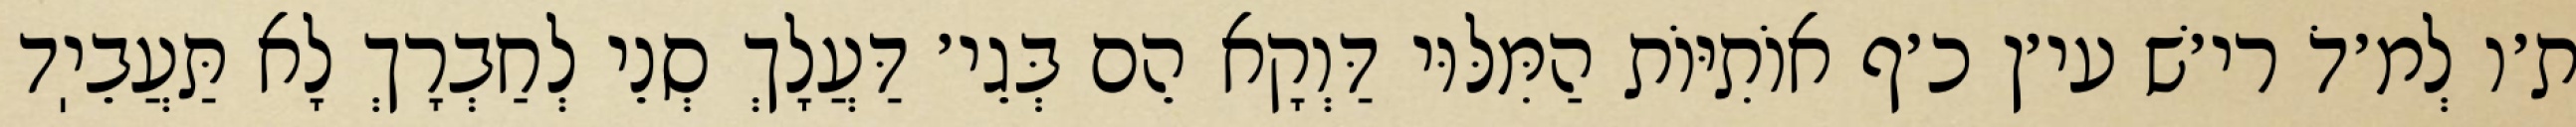
ת׳ו לְמ׳דֹ רי׳שׁ עי׳ן כ׳ף אוֹתִיּוֹת הַמִּלּוּי דַּוְקָא הֵם בְּגֵי׳ דַּעֲלָךְ סְנֵי לְחַבְרָךְ לָא תַּעֲבֵיֽד